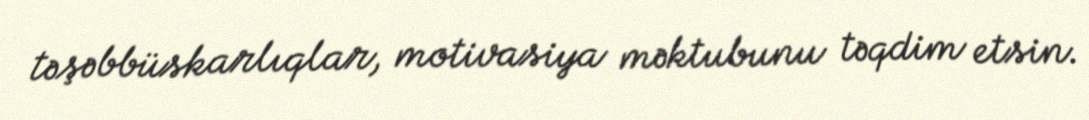
təşəbbüskarlıqlar, motivasiya məktubunu təqdim etsin.